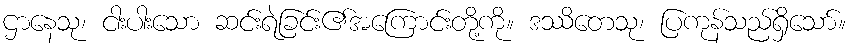
ဌာနေသု၊ ငါးပါးသော ဆင်းရဲခြင်း၏အကြောင်းတို့ကို။ ဒဿိတေသု၊ ပြကုန်သည်ရှိသော်။